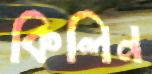
কিলিন